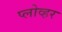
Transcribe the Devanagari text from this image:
प्लोव्हर